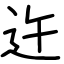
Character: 迕